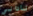
ناداني